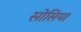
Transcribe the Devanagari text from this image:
सोसिया